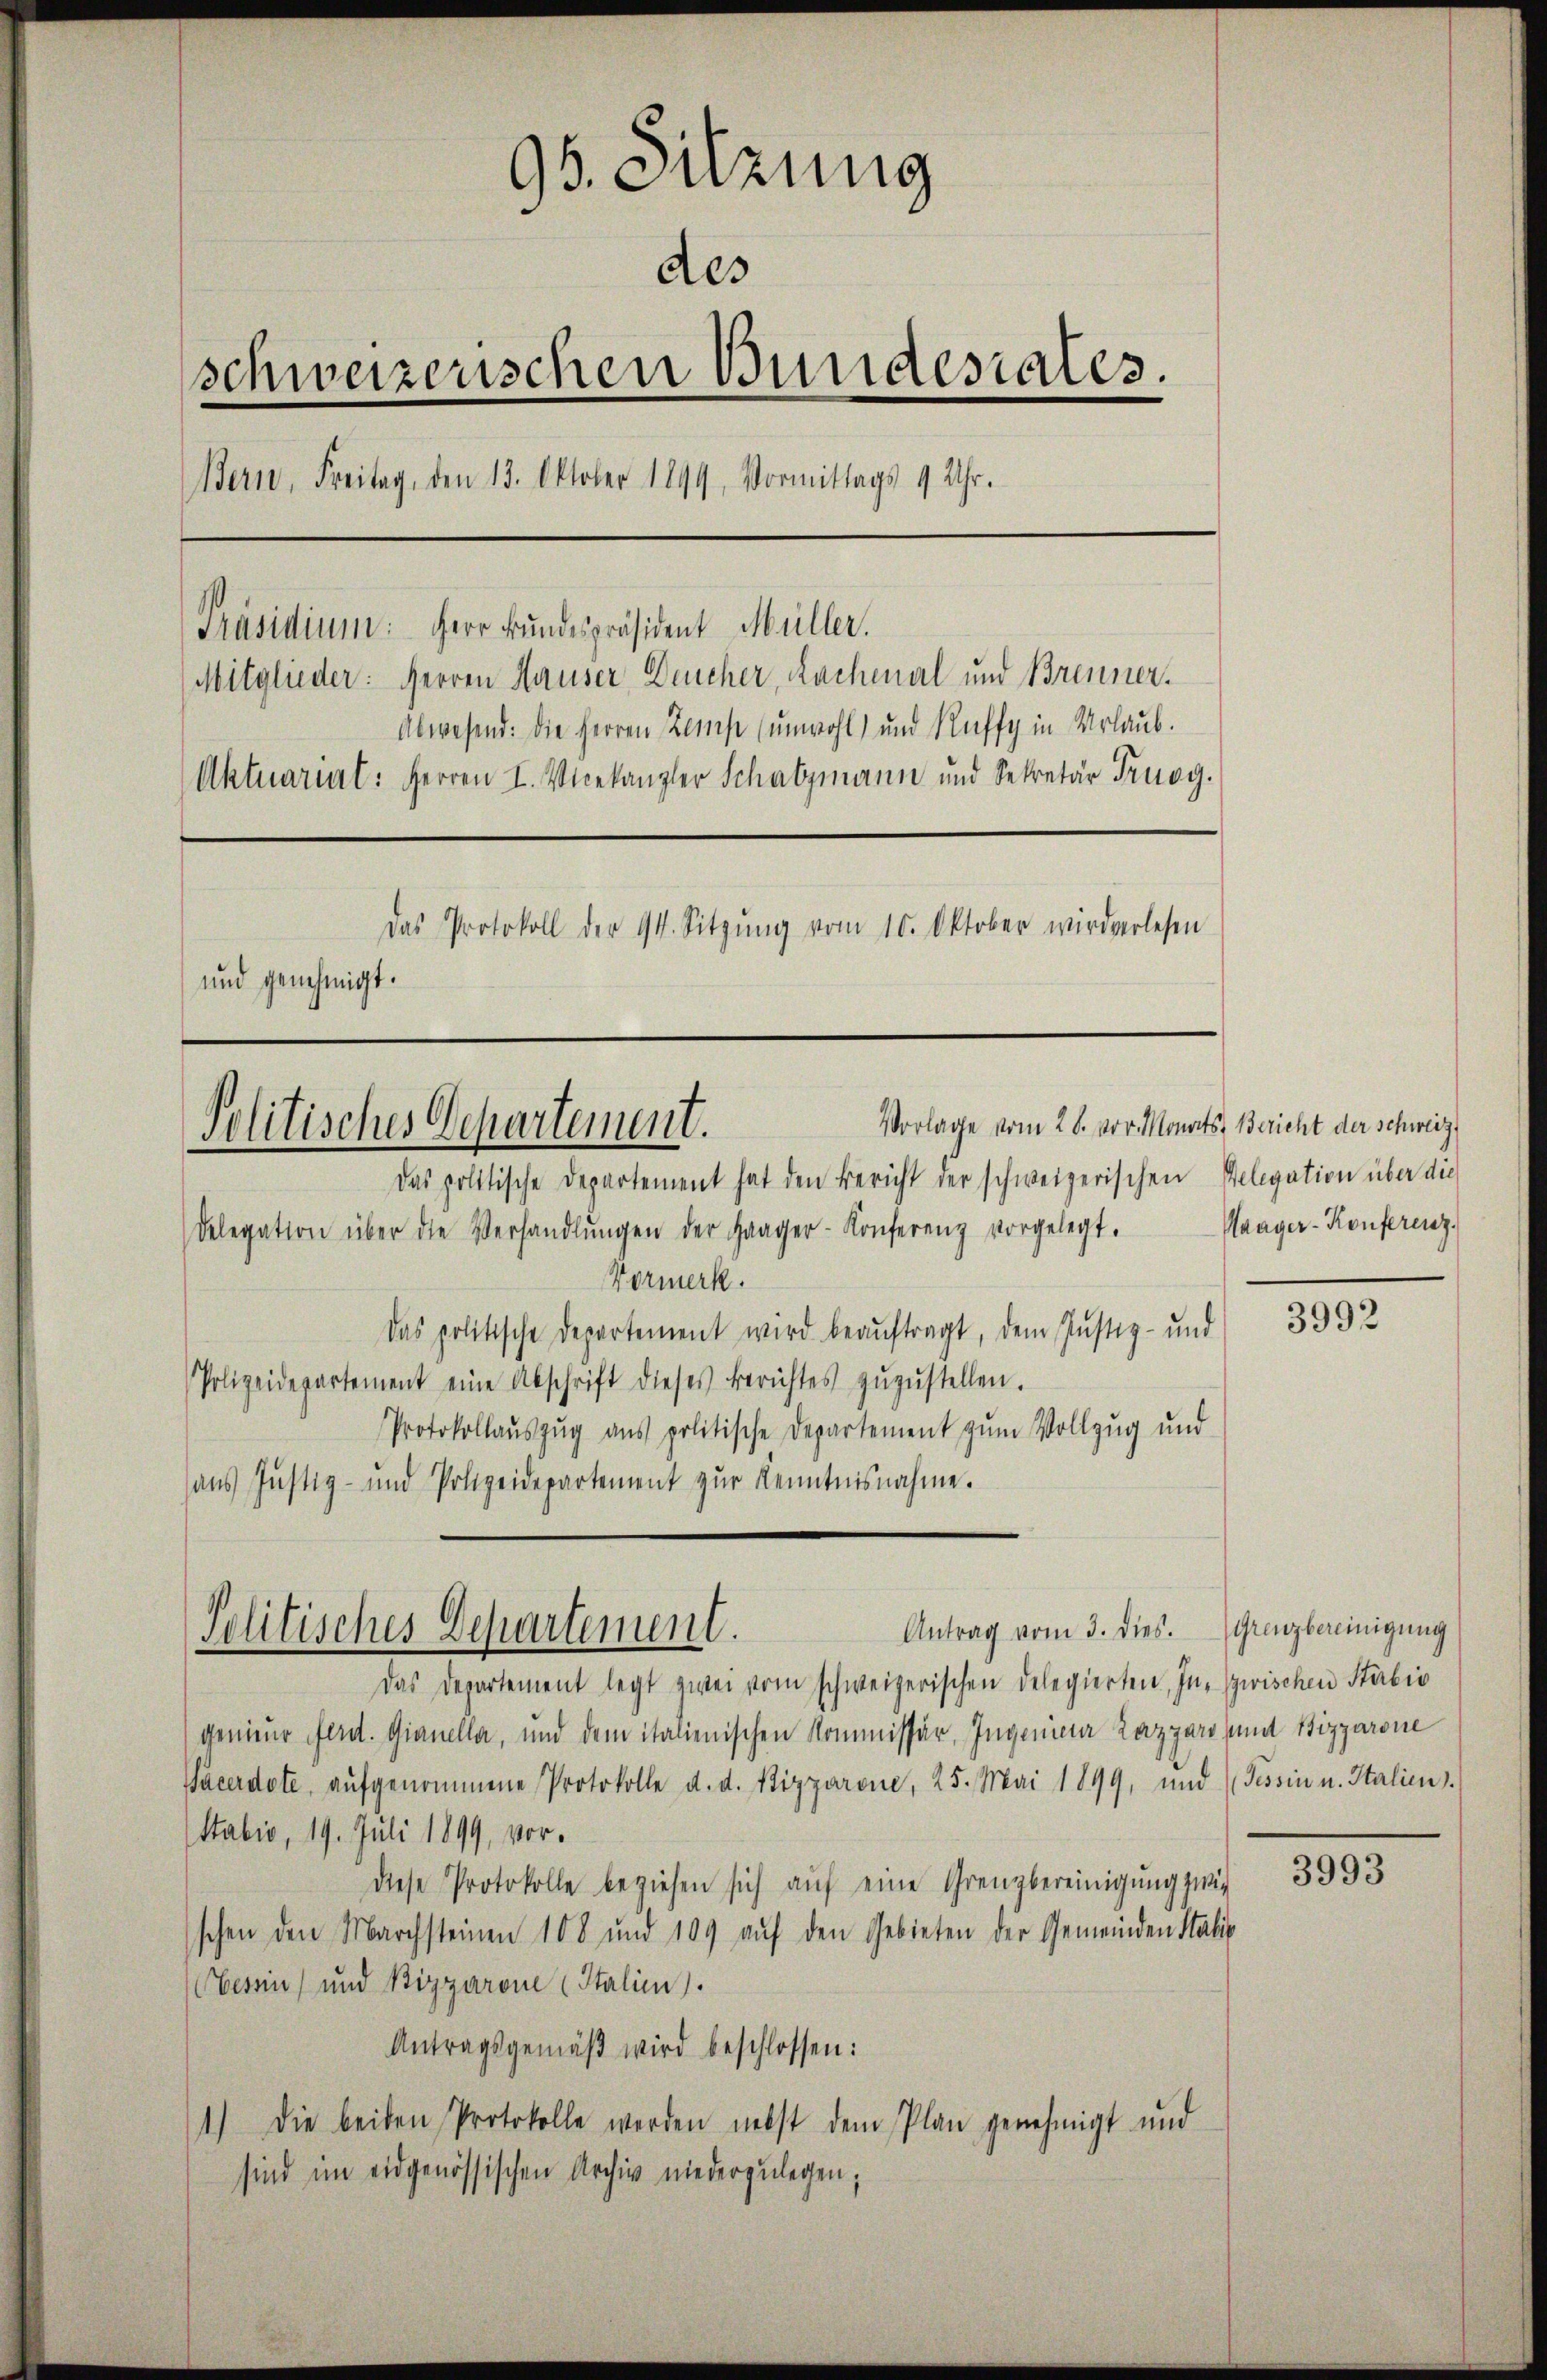
96. Sitzung
des
schweizerischen Bundesrates.
Bern, Freitag, den 13. Oktober 1899, Vormittags 9 Uhr.
[Präsidium: Herr Bundespräsident Müller.
Mitglieder: Herren Hauser Deucher, Rachenal und Brenner.
Abwesend: die Herren Zams (unwohl) und Ruffy in Urlaub.
Aktuariat: Herren I. Vicekanzler Schatzmann und Sekretär Truog.
Das Protokoll der 94. Sitzŭng vom 10. Oktober wird verlesen
und genehmigt.

Politisches Departement.

Delegation über die Verhandlŭngen der Haager-Konferenz vorgelegt.
Vormerk.
Das politische Departement wird beaŭftragt, dem Justiz- und
Polizeidepartement eine Abschrift dieses Berichtes zŭzŭstellen.
Protokollaŭszŭg aŭs politische Departement zum Vollzug und
aus Justiz- und Polizeidepartement zŭr Kenntnisnahme.

Das Departement legt zwei vom schweizerischen Delegierten, In- zwischen Stäbis
genieur Ferd. Gianella, und dem italienischen Kommissär, Ingenieur Lazgaro und Tizparone
Sacerdote, aufgenommene Protokolle d. d. Pizzarone, 25. Mai 1899, und (Tessin u. Italien.
Stabio, 19. Juli 1899, vordiese Protokolle beziehen sich auf eine Grenzbereinigung zwis
schen den Marchsteinen 108 und 109 auf den Gebieten der Gemeinden Statis
Cessin, und Bizzarone (Italien.
Antragsgemäβ wird beschlossen:
1.) Die beiden Protokolle werden nebst dem Plan genehmigt und
sind im eidgenössischen Archiv niederzulegen;

Das politische Departement hat den Bericht der schweizerischen Pelegation über die

Antrag vom 3. dies. (Grenzbereinigung
Politisches Departement.

Vorlage vom 28. vor. Monats Bericht der Schweiz

Waager-Konferenz

3992

3993